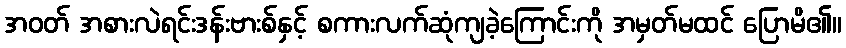
အဝတ် အစားလဲရင်းဒန်းဗားစ်နှင့် စကားလက်ဆုံကျခဲ့ကြောင်းကို အမှတ်မထင် ပြောမိ၏။